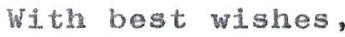
With best wishes,